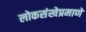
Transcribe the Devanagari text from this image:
लोकसंखेप्रमाणे